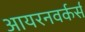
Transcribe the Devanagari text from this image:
आयरनवर्कर्स